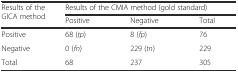
<table><thead><tr><td rowspan="2"><b>Results of the GICA method</b></td><td colspan="3"><b>Results of the CMIA method (gold standard)</b></td></tr><tr><td><b>Positive</b></td><td><b>Negative</b></td><td><b>Total</b></td></tr></thead><tbody><tr><td>Positive</td><td>68 (<i>tp</i>)</td><td>8 (<i>fp</i>)</td><td>76</td></tr><tr><td>Negative</td><td>0 (<i>fn</i>)</td><td>229 (<i>tn</i>)</td><td>229</td></tr><tr><td>Total</td><td>68</td><td>237</td><td>305</td></tr></tbody></table>